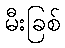
မီးခြစ်